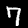
Label: 7